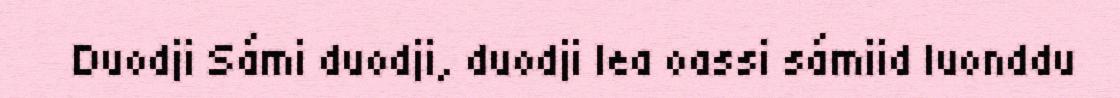
Duodji Sámi duodji, duodji lea oassi sámiid luonddu